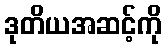
ဒုတိယအဆင့်ကို